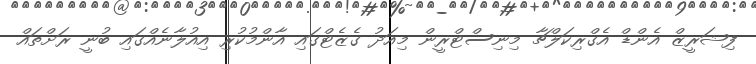
ފިޝަރީޒް އެންޑް އެގްރިކަލްޗާ މިނިސްޓްރީން މިއަދު ގެޒެޓްގައި އާންމުކުރި އިއުލާނެއްގައި ބުނީ ރަށްތައް